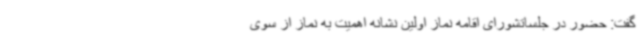
گفت: حضور در جلساتشورای اقامه نماز اولین نشانه اهمیت به نماز از سوی